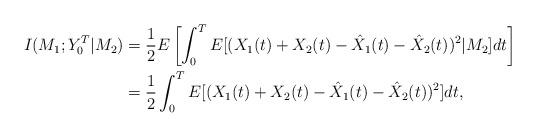
LaTeX: \begin{align*}I(M_1; Y_0^T|M_2) &=\frac{1}{2} E\left[\int_0^T E[(X_1(t)+X_2(t)-\hat{X}_1(t)-\hat{X}_2(t))^2|M_2] dt \right]\\&=\frac{1}{2} \int_0^T E[(X_1(t)+X_2(t)-\hat{X}_1(t)-\hat{X}_2(t))^2] dt,\end{align*}